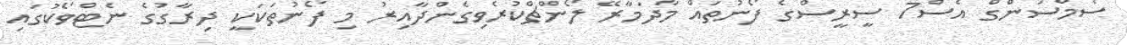
ސެމްސަންގް އެސް7 ސީރީސްގެ ފޯނުތައް މާދަމާރޭ ލޯންޗްކުރެވިގެންދާއިރު މި ފޯނުތަކަކީ ދިރާގުގެ ނެޓްވޯކުގައި